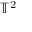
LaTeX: \mathbb { T } ^ { 2 }